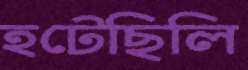
হটেছিলি